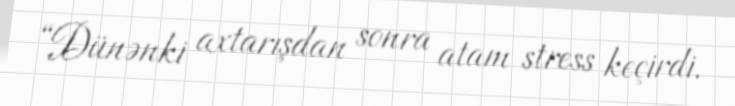
“Dünənki axtarışdan sonra atam stress keçirdi.